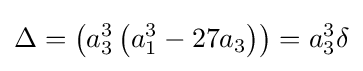
\Delta =\left(a_{3}^{3}\left(a_{1}^{3}-27a_{3}\right)\right)=a_{3}^{3}\delta